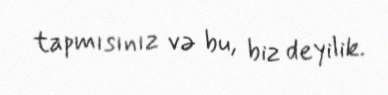
tapmısınız və bu, biz deyilik.